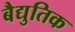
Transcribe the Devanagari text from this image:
बैद्युतिक